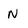
Character: N